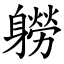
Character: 軂